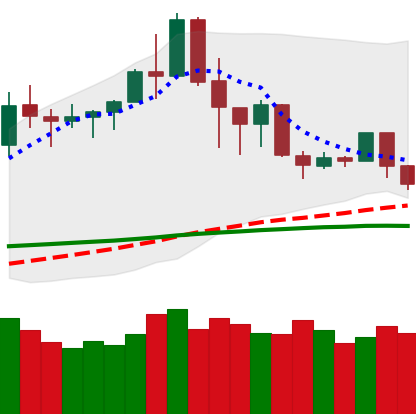
Ticker: TRX-USD
Chart end date: 2020-02-25
Forward return: -13.405%
Label: down_7plus